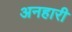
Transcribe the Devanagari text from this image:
अनहारी